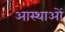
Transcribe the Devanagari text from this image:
आस्‍थाओं